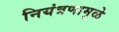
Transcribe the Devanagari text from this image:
नियंत्रणामुळे